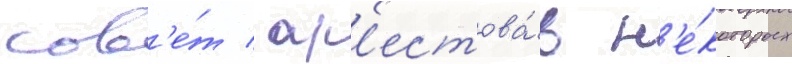
сов'е́т / ар'естова́в н'е́которых